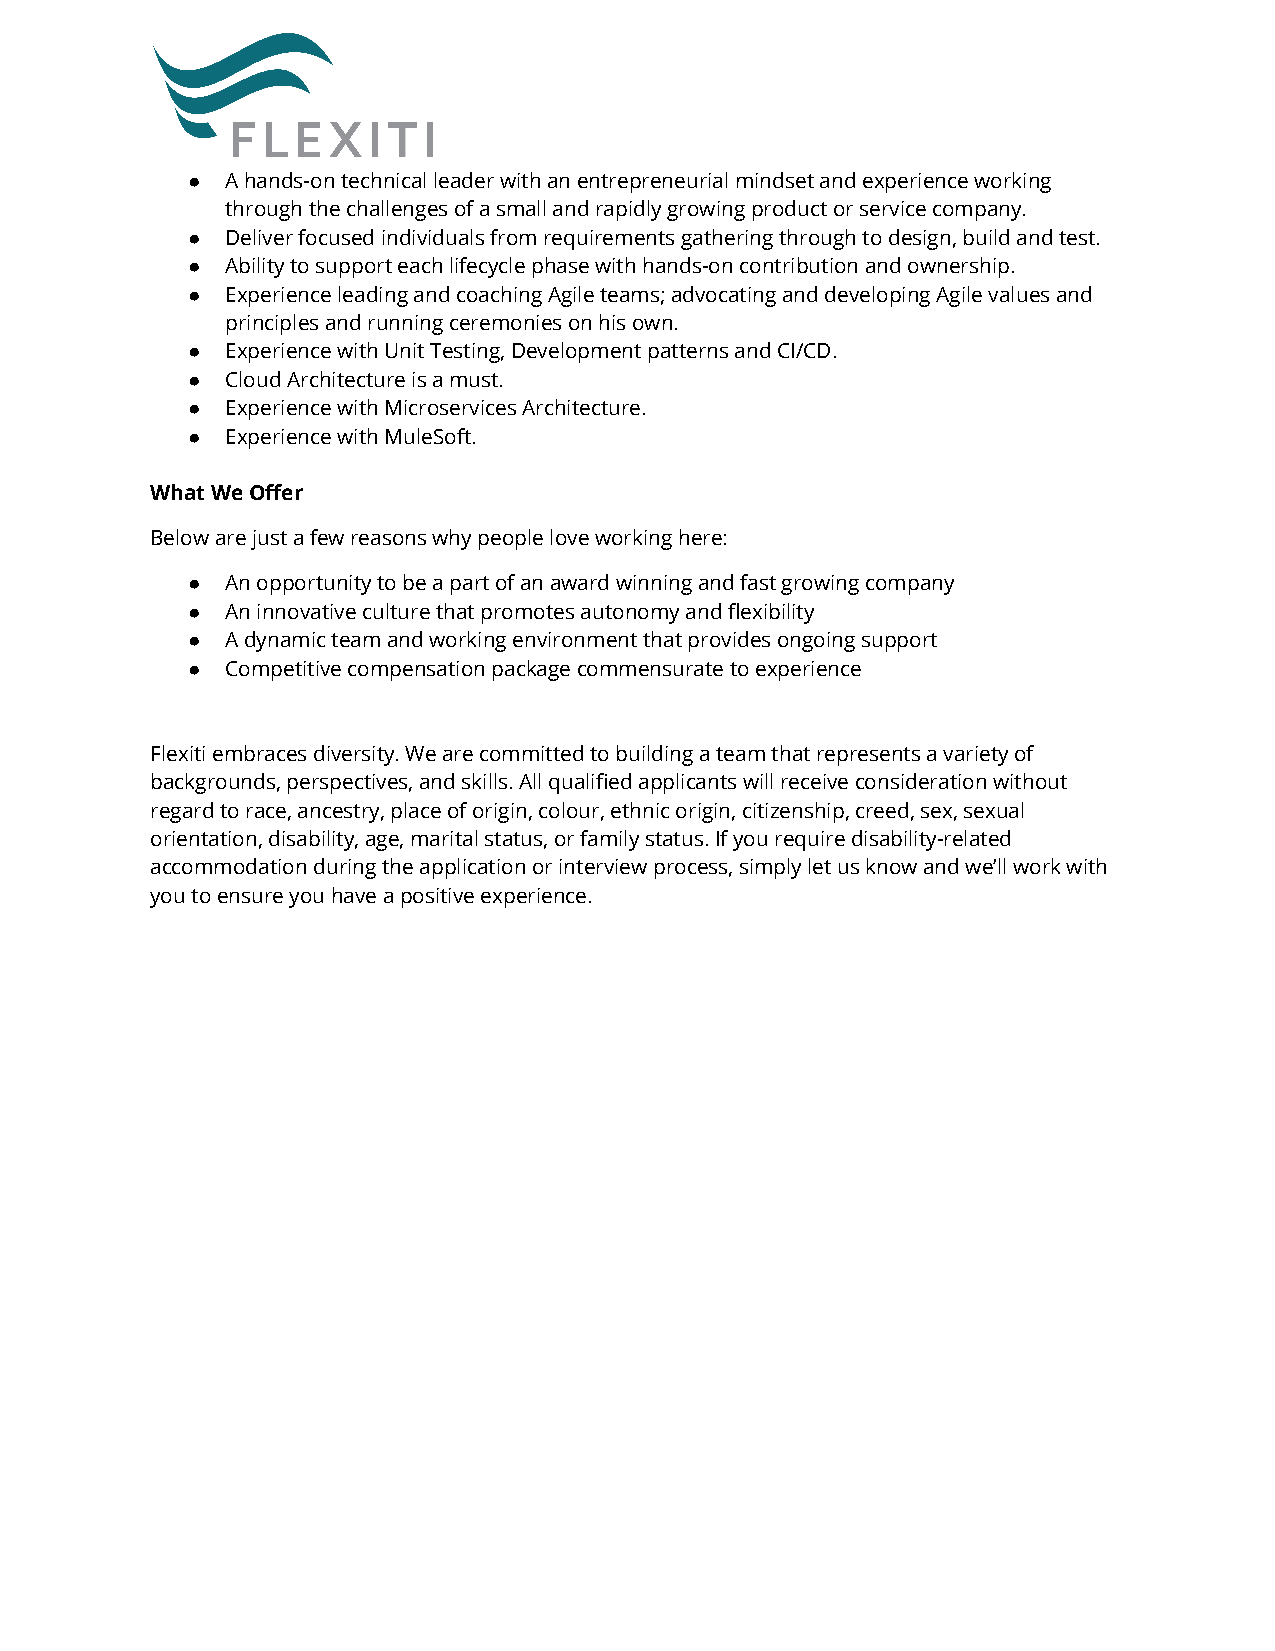
●  A hands-on technical leader with an entrepreneurial mindset and experience working
 through the challenges of a small and rapidly growingproduct or service company.
 ●  Deliver focused individuals from requirements gatheringthrough to design, build and test.
 ●  Ability to support each lifecycle phase with hands-oncontribution and ownership.
 ●  Experience leading and coaching Agile teams; advocatingand developing Agile values and
 principles and running ceremonies on his own.
 ●  Experience with Unit Testing, Development patternsand CI/CD.
 ●  Cloud Architecture is a must.
 ●  Experience with Microservices Architecture.
 ●  Experience with MuleSoft.
 What We Offer
 Below are just a few reasons why people love workinghere:
 ●  An opportunity to be a part of an award winning andfast growing company
 ●  An innovative culture that promotes autonomy and flexibility
 ●  A dynamic team and working environment that providesongoing support
 ●  Competitive compensation package commensurate to experience
 Flexiti embraces diversity. We are committed to buildinga team that represents a variety of
 backgrounds, perspectives, and skills. All qualifiedapplicants will receive consideration without
 regard to race, ancestry, place of origin, colour,ethnic origin, citizenship, creed, sex, sexual
 orientation, disability, age, marital status, or familystatus. If you require disability-related
 accommodation during the application or interviewprocess, simply let us know and we’ll work with
 you to ensure you have a positive experience.